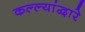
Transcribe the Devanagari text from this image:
कल्ल्यांद्वारे